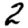
Digit: 2